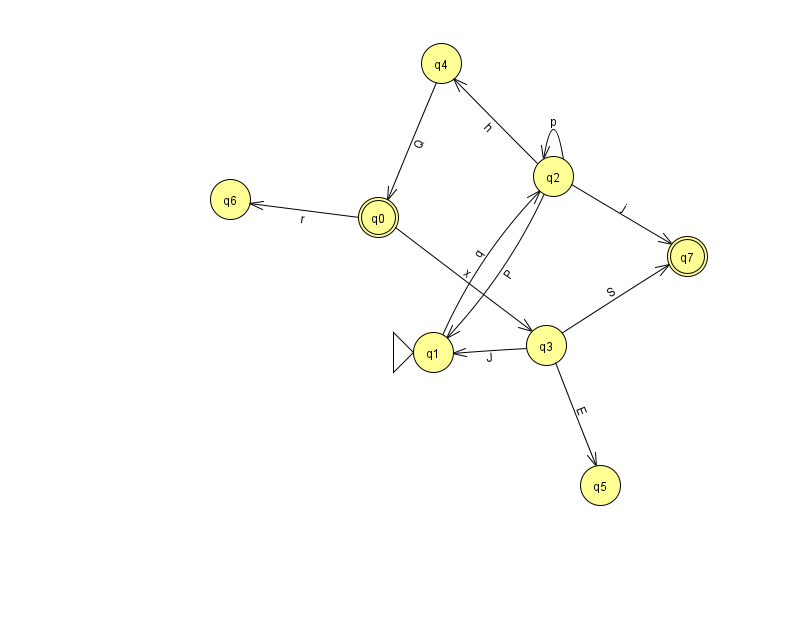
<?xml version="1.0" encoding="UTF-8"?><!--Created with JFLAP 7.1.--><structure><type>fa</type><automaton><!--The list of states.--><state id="0" name="q0"><x>378.0</x><y>204.0</y><final/></state><state id="1" name="q1"><x>433.0</x><y>339.0</y><initial/></state><state id="2" name="q2"><x>553.0</x><y>163.0</y></state><state id="3" name="q3"><x>546.0</x><y>332.0</y></state><state id="4" name="q4"><x>441.0</x><y>50.0</y></state><state id="5" name="q5"><x>600.0</x><y>472.0</y></state><state id="6" name="q6"><x>230.0</x><y>186.0</y></state><state id="7" name="q7"><x>687.0</x><y>243.0</y><final/></state><!--The list of transitions.--><transition><from>2</from><to>2</to><read>p</read></transition><transition><from>2</from><to>4</to><read>h</read></transition><transition><from>3</from><to>1</to><read>J</read></transition><transition><from>3</from><to>5</to><read>E</read></transition><transition><from>2</from><to>1</to><read>P</read></transition><transition><from>1</from><to>2</to><read>q</read></transition><transition><from>4</from><to>0</to><read>Q</read></transition><transition><from>2</from><to>7</to><read>j</read></transition><transition><from>0</from><to>3</to><read>x</read></transition><transition><from>0</from><to>6</to><read>r</read></transition><transition><from>3</from><to>7</to><read>S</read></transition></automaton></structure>